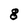
Character: g